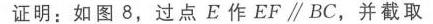
1. 如图所示，在\(\triangle ABC\)的边\(AB\)、\(BC\)、\(CA\)上分别取点\(D\)、\(E\)、\(F\)，使得\(AD:DB = BE:EC=CF:FA = 1:n\)，求\(S_{\triangle DEF}:S_{\triangle ABC}\)的值.